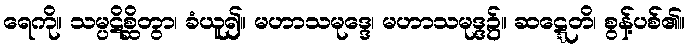
ရေကို။ သမ္ပဋိစ္ဆိတွာ၊ ခံယူ၍။ မဟာသမုဒ္ဒေ၊ မဟာသမုဒ္ဒ၌။ ဆဋ္ဋေတိ၊ စွန့်ပစ်၏။